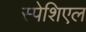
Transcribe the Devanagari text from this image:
स्पेशिएल